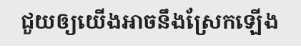
ជួយឲ្យយើងអាចនឹងស្រែកឡើង